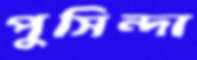
পুসিন্দা